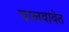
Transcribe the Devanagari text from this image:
चालवावेत